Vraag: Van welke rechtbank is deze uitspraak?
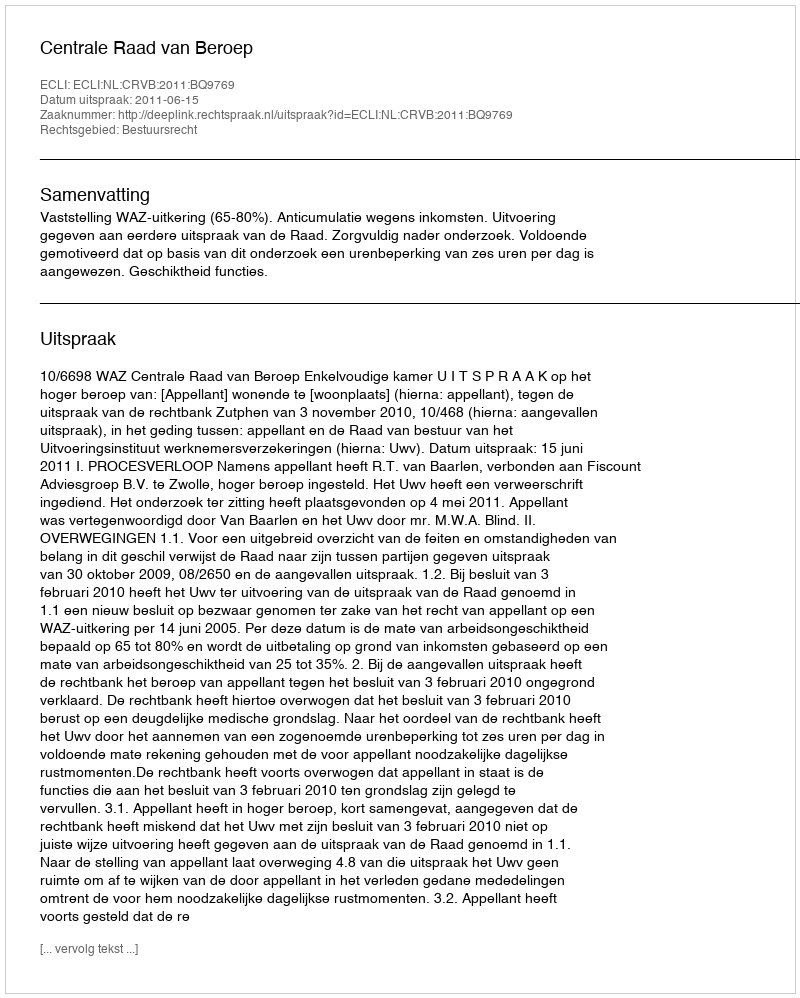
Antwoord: Centrale Raad van Beroep